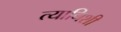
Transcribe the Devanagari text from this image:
त्यानिशी